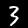
Digit: 3